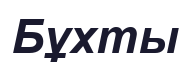
Бұхты